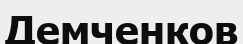
Демченков